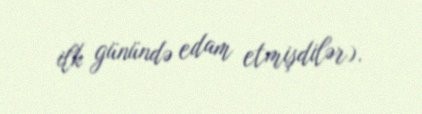
ilk günündə edam etmişdilər).